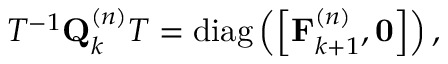
\begin{array} { r } { T ^ { - 1 } \mathbf { Q } _ { k } ^ { \left( n \right) } T = \operatorname { d i a g } \left( \left[ \mathbf { F } _ { k + 1 } ^ { \left( n \right) } , \mathbf { 0 } \right] \right) , } \end{array}